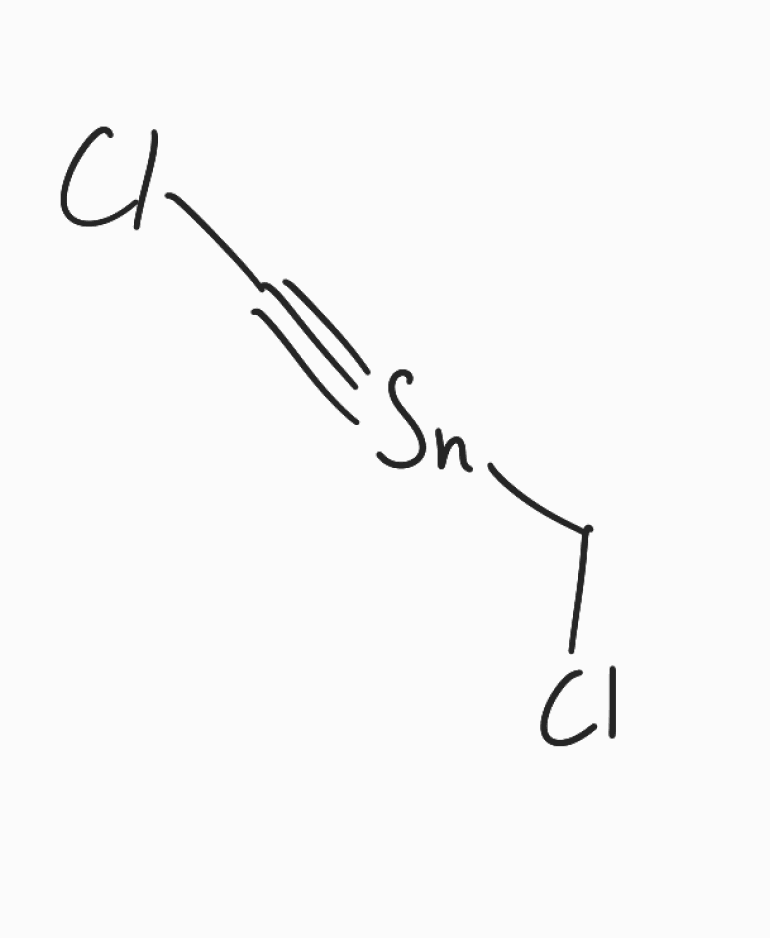
Simplified molecular-input line-entry system (SMILES) notation of the given molecule:
C(Cl)[Sn]#CCl